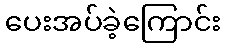
ပေးအပ်ခဲ့ကြောင်း